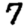
Digit: 7